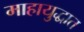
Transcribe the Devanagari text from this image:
माहायुद्धात